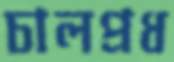
চালপ্রধ